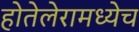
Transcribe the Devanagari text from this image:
होतेलेरामध्येच